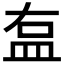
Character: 𥁓